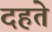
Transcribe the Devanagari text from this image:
दहते